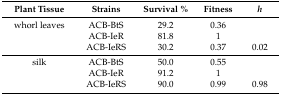
<table><thead><tr><td><b>Plant Tissue</b></td><td><b>Strains</b></td><td><b>Survival %</b></td><td><b>Fitness</b></td><td><b><i>h</i></b></td></tr></thead><tbody><tr><td>whorl leaves</td><td>ACB-BtS</td><td>29.2</td><td>0.36</td><td></td></tr><tr><td></td><td>ACB-IeR</td><td>81.8</td><td>1</td><td></td></tr><tr><td></td><td>ACB-IeRS</td><td>30.2</td><td>0.37</td><td>0.02</td></tr><tr><td>silk</td><td>ACB-BtS</td><td>50.0</td><td>0.55</td><td></td></tr><tr><td></td><td>ACB-IeR</td><td>91.2</td><td>1</td><td></td></tr><tr><td></td><td>ACB-IeRS</td><td>90.0</td><td>0.99</td><td>0.98</td></tr></tbody></table>